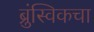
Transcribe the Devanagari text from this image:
ब्रुंस्विकचा